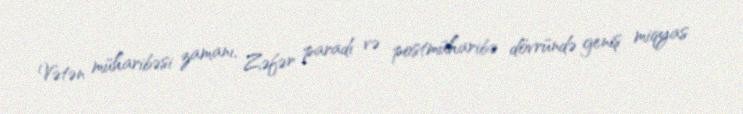
Vətən müharibəsi zamanı, Zəfər paradı və postmüharibə dövründə geniş miqyas